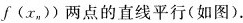
f(x_{n}))两点的直线平行(如图).